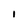
Character: i